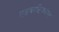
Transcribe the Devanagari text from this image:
एडवरटिजमेण्ट